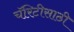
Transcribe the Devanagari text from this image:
चॅरिटीसाठी